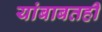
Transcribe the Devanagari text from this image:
यांबाबतही